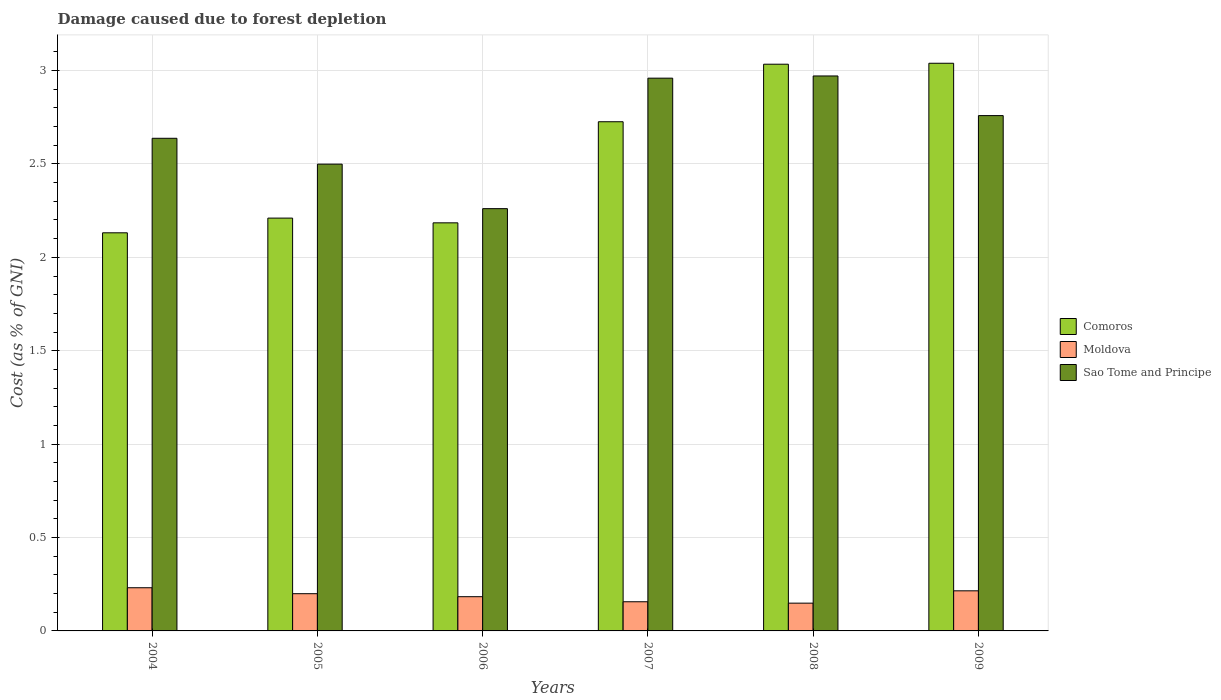
| Years | Comoros | Moldova | Sao Tome and Principe |
 | --- | --- | --- | --- |
 | 2004 | 2.13 | 0.231 | 2.64 |
 | 2005 | 2.21 | 0.199 | 2.5 |
 | 2006 | 2.18 | 0.183 | 2.26 |
 | 2007 | 2.73 | 0.156 | 2.96 |
 | 2008 | 3.03 | 0.149 | 2.97 |
 | 2009 | 3.04 | 0.215 | 2.76 |